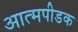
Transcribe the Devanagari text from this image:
आत्मपीडक